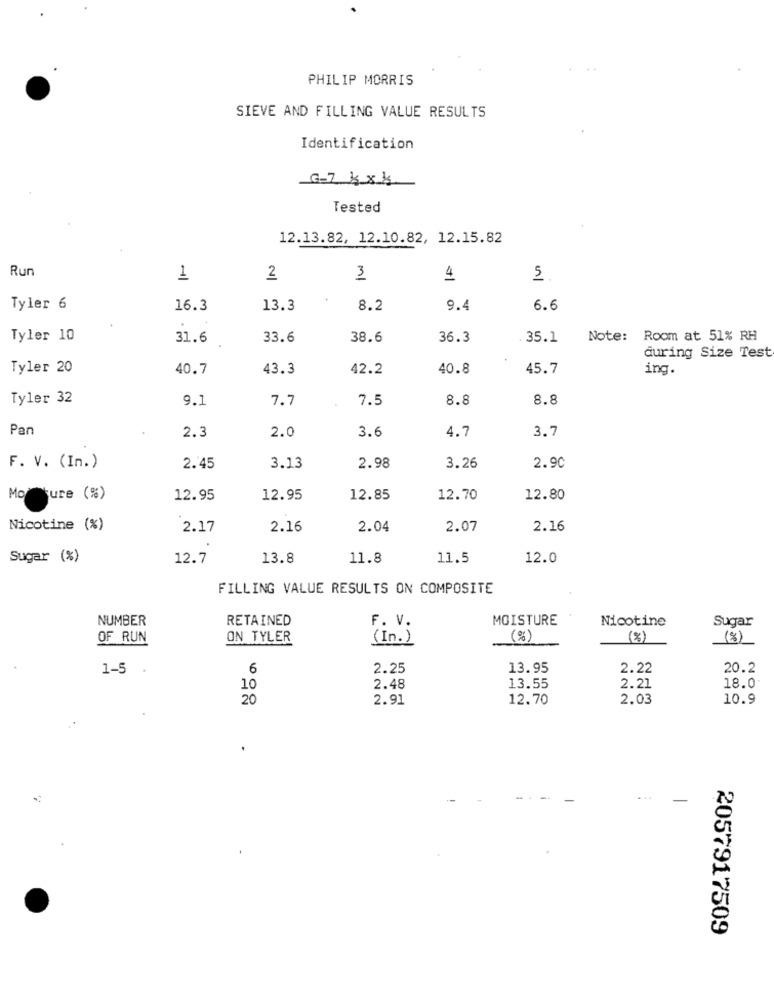
PHILIP MORRIS
SIEVE AND FILLING VALUE RESULTS
Identification
G-7 kxk
Tested
12.13.82, 12.10.82, 12.15.82
Run
1
2
3
4
5
Tyler 6
16.3
13.3
8.2
9.4
6.6
Tyler 10
31.6
33.6
38.6
36.3
. 35.1
Note: Room at 51% RH
during Size Test
Tyler 20
40.7
43.3
42.2
40.8
45.7
ing.
Tyler 32
9.1
7.7
7.5
8.8
8.8
Pan
2.3
2.0
3.6
4.7
3.7
F. V. (In.)
2.45
3.13
2.98
3.26
2.90
Moture (%)
12.95
12.95
12.85
12.70
12.80
Nicotine (%)
2.17
2.16
2.04
2.07
2.16
Sugar (%)
12.7
13.8
11.8
11.5
12.0
FILLING VALUE RESULTS ON COMPOSITE
NUMBER
RETAINED
F. V.
MOISTURE
Nicotine
Sugar
OF RUN
ON TYLER
(In.)
(%)
(%)
(8)
1-5
6
2.25
13.95
2.22
20.2
10
2.48
13.55
2.21
18.0
20
2.91
12.70
2.03
10.9
...
-
2057917509